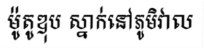
ម៉ូតូឌុប ស្នាក់នៅភូមិវាល